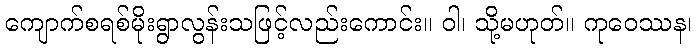
ကျောက်စရစ်မိုးရွာလွန်းသဖြင့်လည်းကောင်း။ ဝါ၊ သို့မဟုတ်။ ကုဝေဿန၊